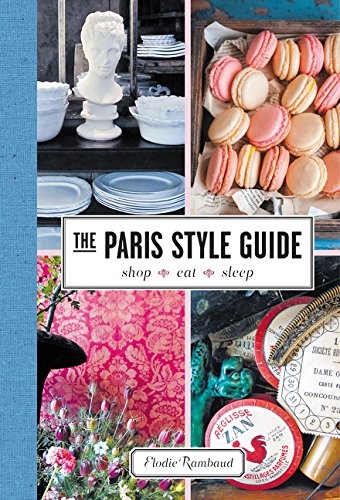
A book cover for The Paris Style Guide: Shop, Eat, Sleep; Elodie Rambaud; Travel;